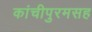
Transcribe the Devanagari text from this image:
कांचीपुरमसह